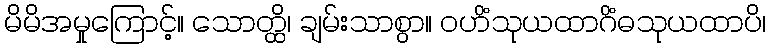
မိမိအမှုကြောင့်။ သောတ္ထိ၊ ချမ်းသာစွာ။ ဝဟိံသုယထာဂိံဓသုယထာပိ၊